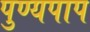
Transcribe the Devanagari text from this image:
पुण्यपाप